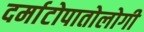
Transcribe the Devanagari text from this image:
दर्माटोपातोलोगी